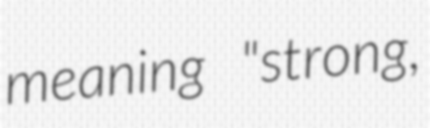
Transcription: meaning "strong,